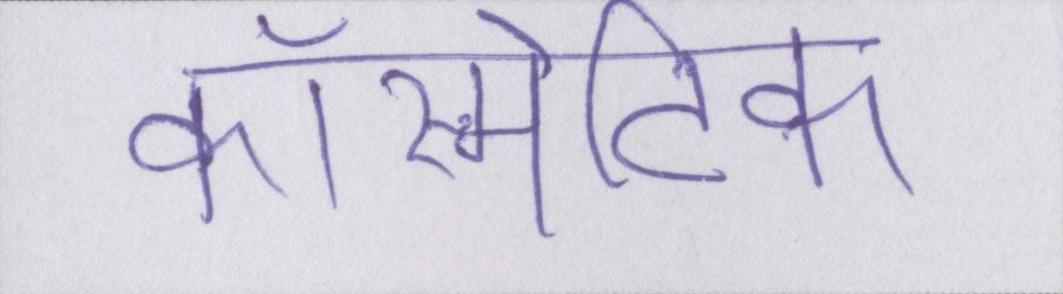
कॉस्मेटिक